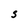
Character: S